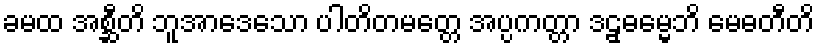
ခမထ အစ္ဆီတိ ဘူအာဒေသော ပါတိတမတ္တေ အပ္ပကတ္တာ ဒဠှဓမ္မေဘိ မေဓတီတိ